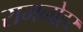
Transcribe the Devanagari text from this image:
रामनोहर